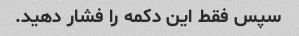
سپس فقط این دکمه را فشار دهید.